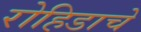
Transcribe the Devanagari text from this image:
रोहिडाचे